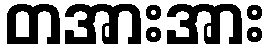
တအားအား